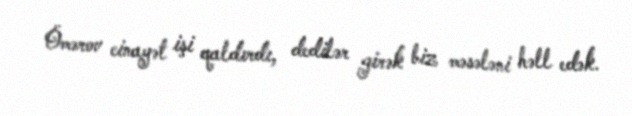
Ömərov cinayət işi qaldırdı, dedilər girək biz məsələni həll edək.